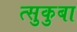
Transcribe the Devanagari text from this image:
त्सुकुबा